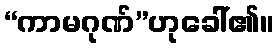
“ကာမဂုဏ်”ဟုခေါ်၏။